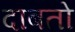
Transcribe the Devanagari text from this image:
दाबतो